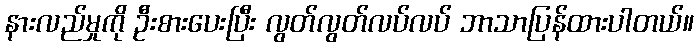
နားလည်မှုကို ဦးစားပေးပြီး လွတ်လွတ်လပ်လပ် ဘာသာပြန်ထားပါတယ်။